Bréfritari: Aðalbjartur Bjarnason (Albert Arnason)
Dagsetning: A-1901-08-25
Skrifað á: Vesturheimi

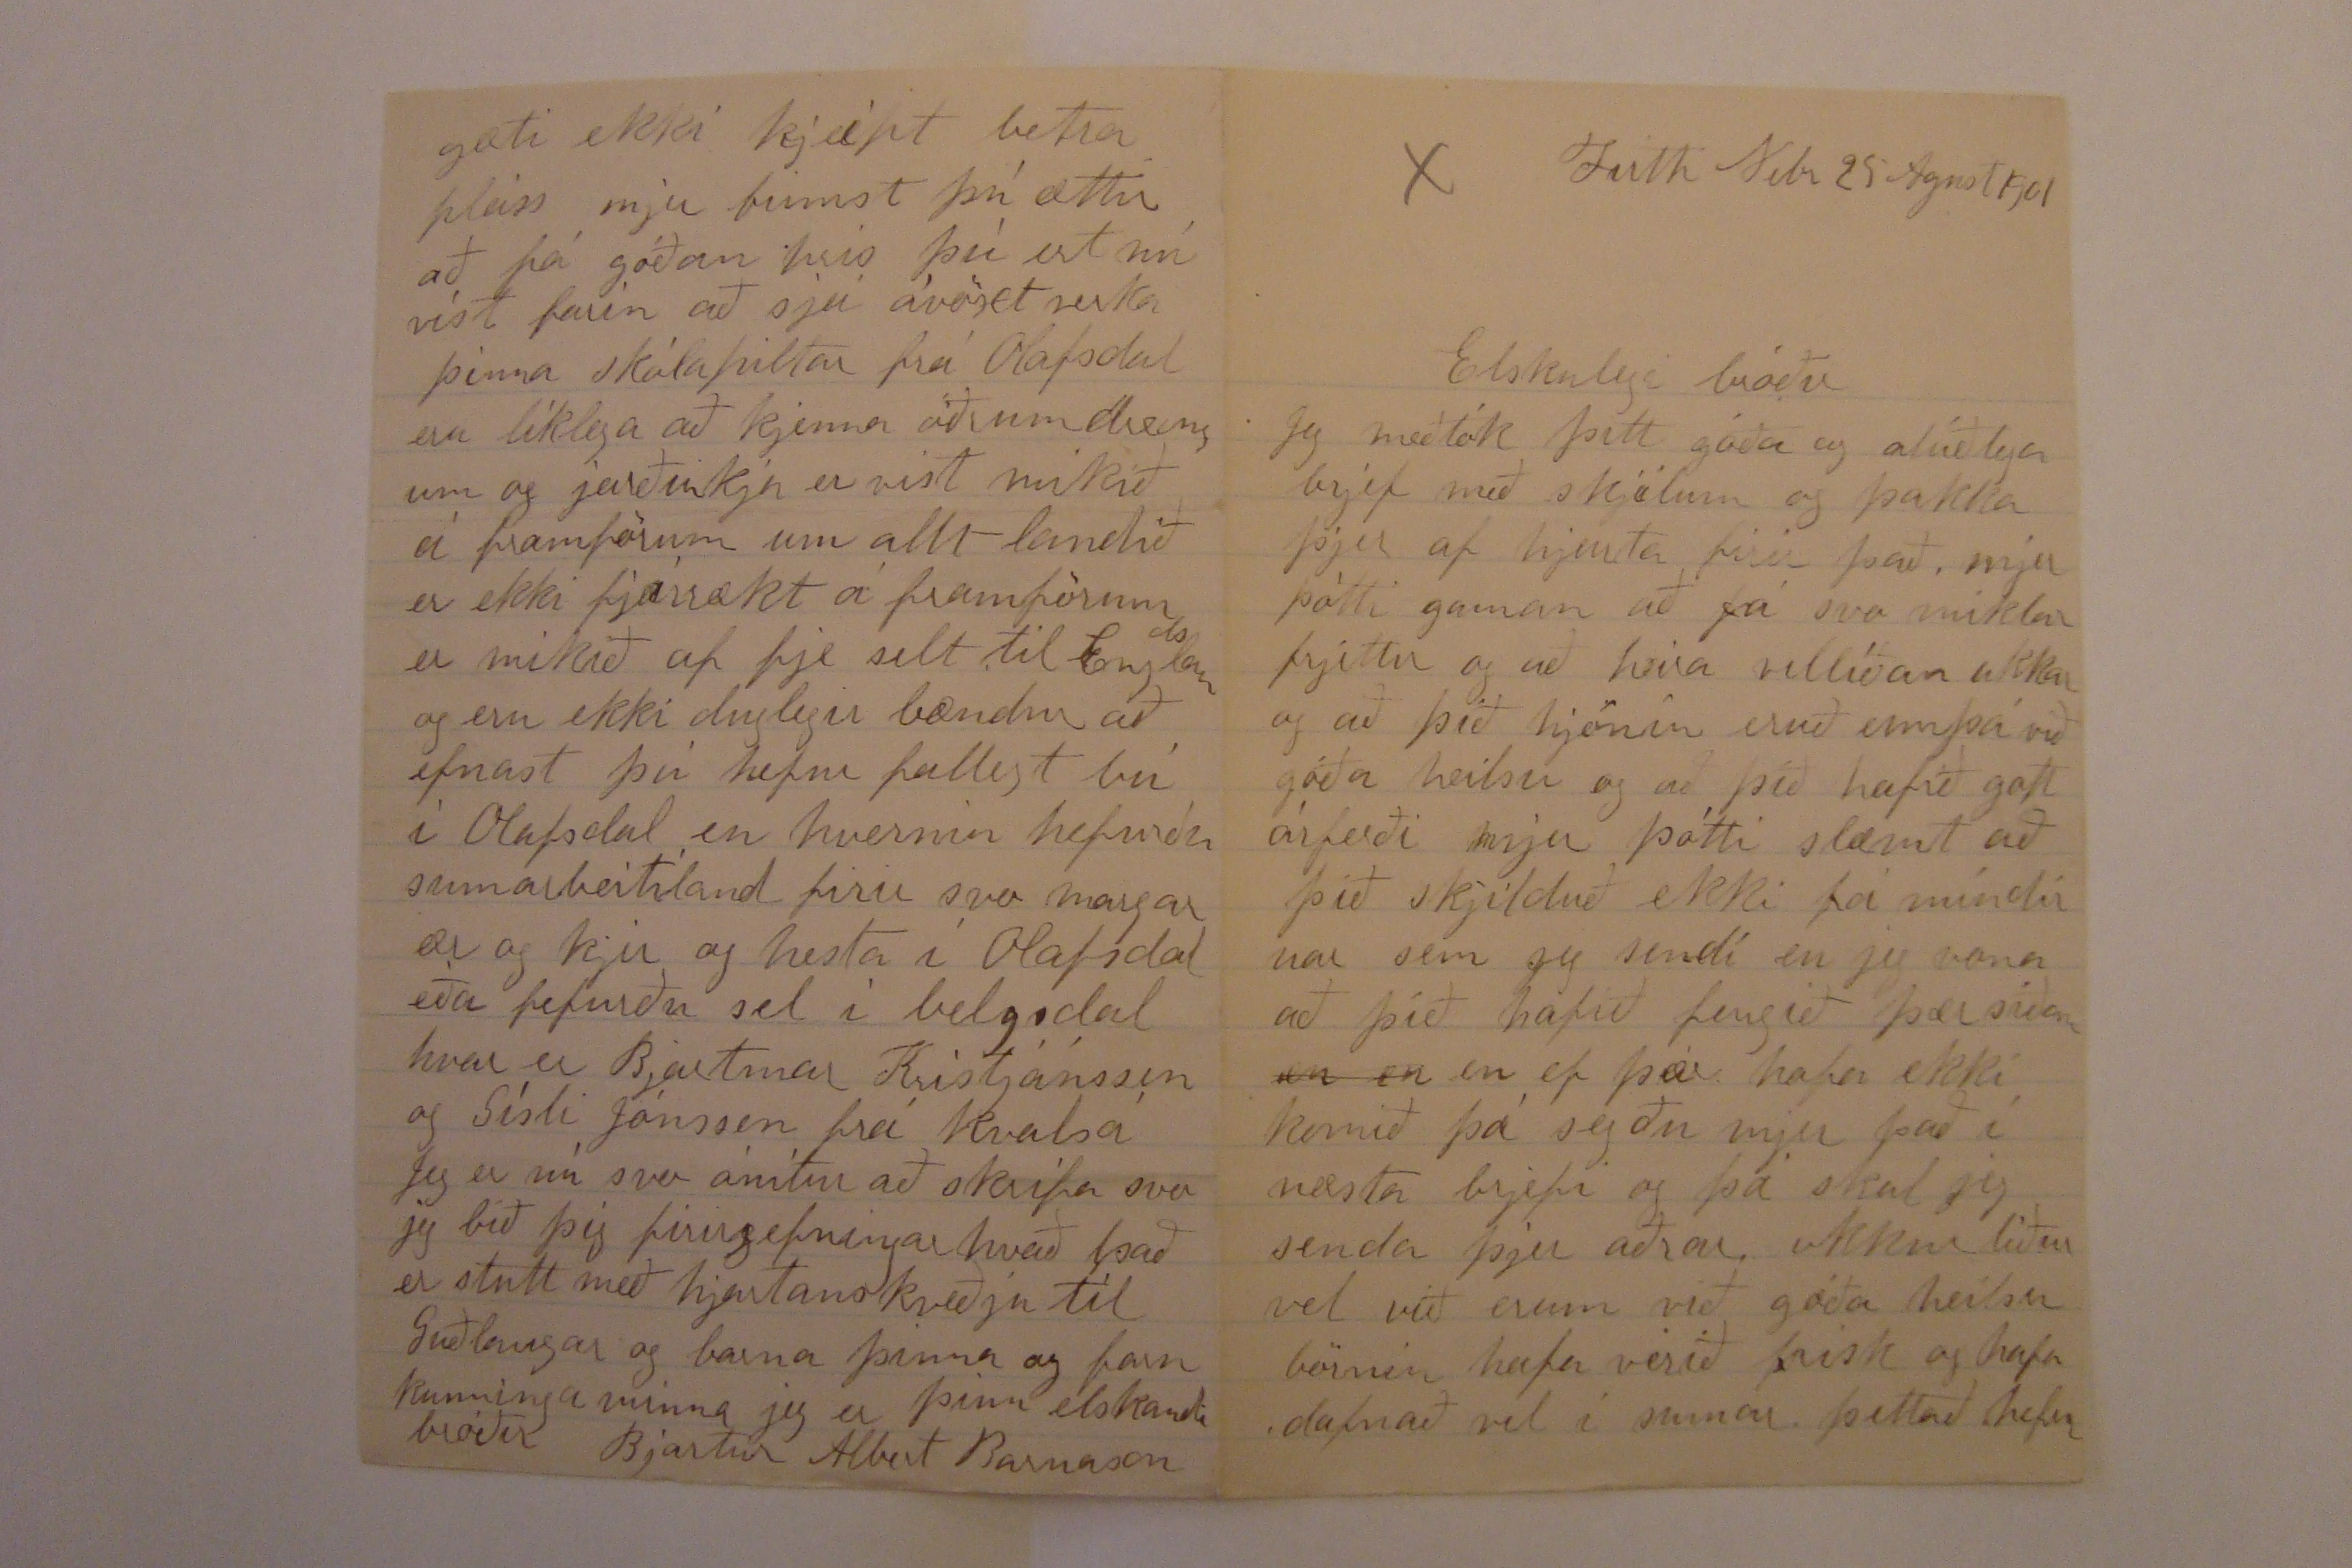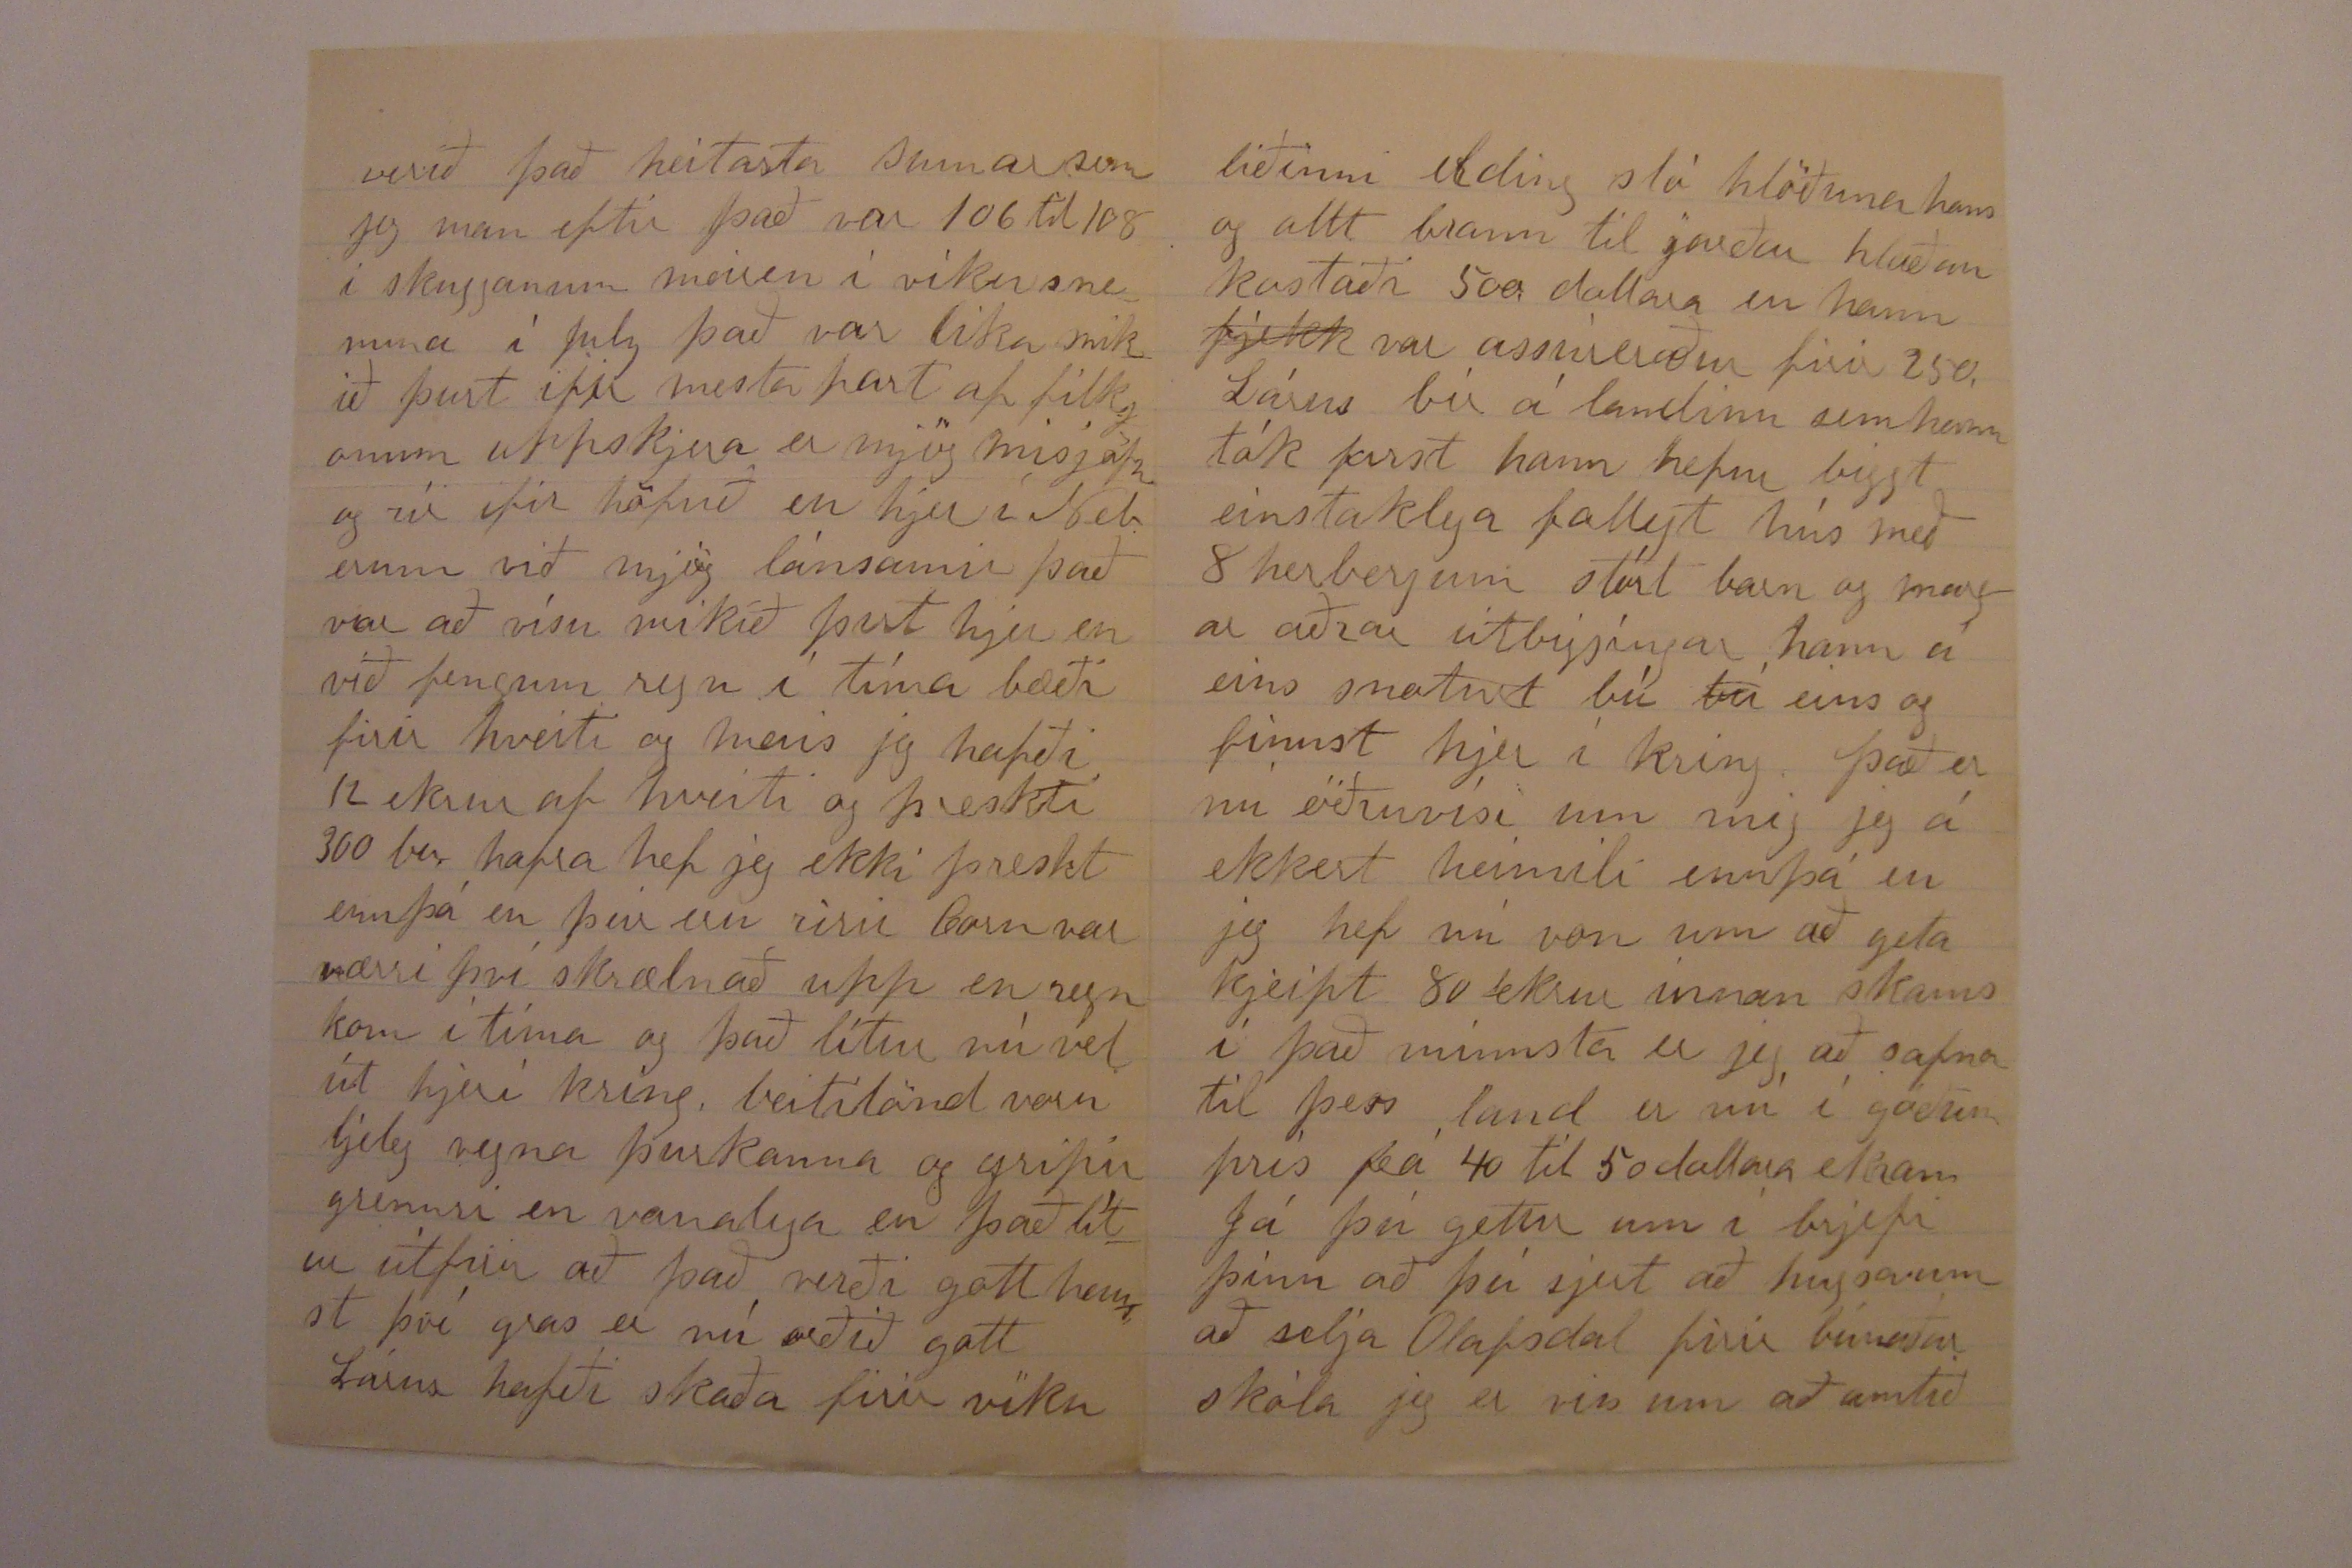

Firth Nebr 25 Agust 1901
Elskulegi bróðir
Jeg meðtók þitt góða og alúðlega brjef með skjilum og þakka þjer af hjarta firir það, mjer þótti gaman að fá svo miklar frjettir og að heira vellíðan ukkar og að það hjónin eruð ennþá við góða heilsu og að þið hafið gott árferði mjer þótti slæmt að þið skjilduð ekki fá mindirnar sem jeg sendi en jeg vona að þið hafið fengið þær síðan
an en
en ef þær hafa ekki komið þá segðu mjer það í næsta brjefi og þá skal jeg senda þjer aðrar okkur líður vel við erum við góða heilsu börnin hafa verið frísk og hafa dafnað vel í sumar þettað hefur
verið það heitasta sumar sem jeg man eftir það var 106 til 108 í skugganum meir en í viku snemma í July það var líka mikið þurt ifir mesta part af filkjonum uppkjera er mjög misjöfn og rír ifir höfuð en hjer í Neb erum við mjög lánsamir það var að vísu mikið þurt hjer en við fengum regn í tíma bæði firir hveiti og mais jeg hafði 12 ekrur af hveiti og þreskti 300 bu. hafra hef jeg ekki þreskt ennþá en þeir eru rírir Corn var nærri því skrælnað upp en regn kom í tíma og það lítur nú vel út hjer í kríng beitilönd voru ljeleg vegna þurkanna og ripir grennri en vanalega en það lítur útfirir að það verði gott haust því gras er nú orðið gott Lárus hafði skaða firir viku
liðinni elding sló hlöðuna hans og allt brann til jarðar hlaðan kostaði 500 dollara en hann
fjekk
var assuíeraður firir 250. Lárus bír á landinu sem hann tók farst hann hefur biggt einstaklega fallegt hús með 8 herbergum stórt barn og margar aðrar útbiggingar hann á eins snoturt bú
bú
eins og finnst hjer í kring. það er nú öðruvísi um mig jeg á ekkert heimili ennþá en jeg hef nú von um að geta kjeipt 80 ekrur innan skams í það minnsta er jeg að safna til þess land er nú í góðum prís frá 40 til 50 dollara ekran Já þú getur um í brjefi þínu að þú sjert að hugsa um að selja Olafsdal firir búnaðar skóla jeg er viss um að amtið
gæti ekki kjeipt betra pláss mjer finnst þú ættir að fá góðan prís þú ert nú víst farin að sjá ávöxt verka þinn skólapiltar frá Olafsdal eru líklega að kjenna öðrum dreingum og jarðirkjan er víst mikið á framförum um allt landið er mikið af fje selt til Englands og eru ekki duglegir bændur að efnast þú hefur fallegt bú í Olafsdal en hvernin hefurðu sumarbeitiland firir svo margar ær og kjír og hesta í Olafsdal eða hefurðu sel í belgsdal hvar er Bjartmar Kristjánsson og Gísli Jónsson frá Kvalsá
Jeg er nú svo ónítur að skrifa svo jeg bið þig firirgefningar hvað það er stutt með hjartans kveðju til Guðlaugar og barna þinna og forn kunninga minna jeg er þinn elskandi bróðir
Bjartur Albert Barnason